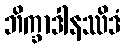
ဘိက္ခာဒါနဿိဒံ